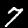
Digit: 7